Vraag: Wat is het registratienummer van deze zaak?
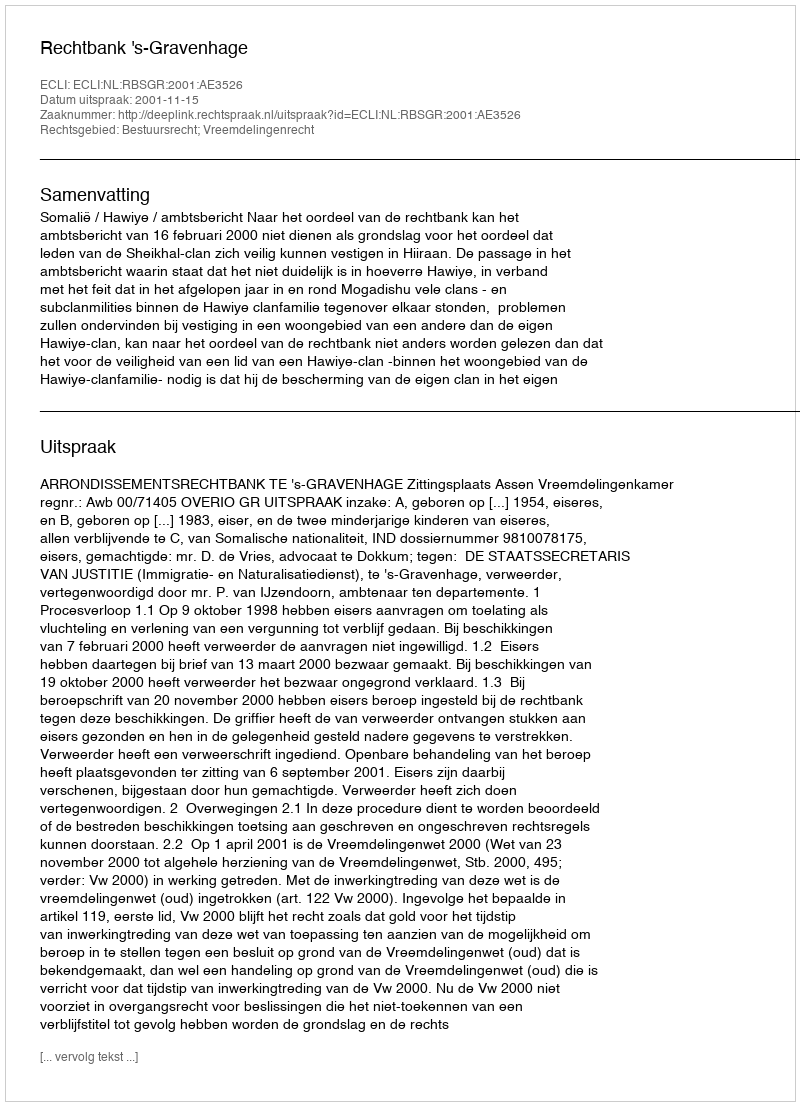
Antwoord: http://deeplink.rechtspraak.nl/uitspraak?id=ECLI:NL:RBSGR:2001:AE3526